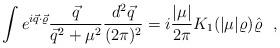
LaTeX: \begin{align*}\int e^{i\vec q\cdot\vec \varrho} \frac{\vec q} {\vec q ^2 + \mu ^2} \frac{d^2\vec q}{(2\pi)^2} = i\frac{|\mu|}{2\pi} K_1(|\mu|\varrho)\hat\varrho ~~,\end{align*}